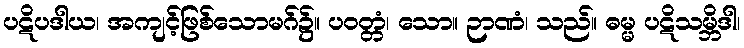
ပဋိပဒါယ၊ အကျင့်ဖြစ်သောမဂ်၌။ ပဝတ္တံ၊ သော။ ဉာဏံ၊ သည်။ ဓမ္မ ပဋိသမ္ဘိဒါ၊